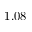
1 . 0 8